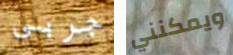
جربى ويمكنني